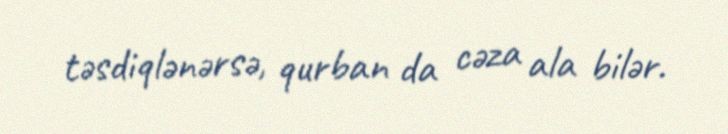
təsdiqlənərsə, qurban da cəza ala bilər.